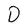
Character: D